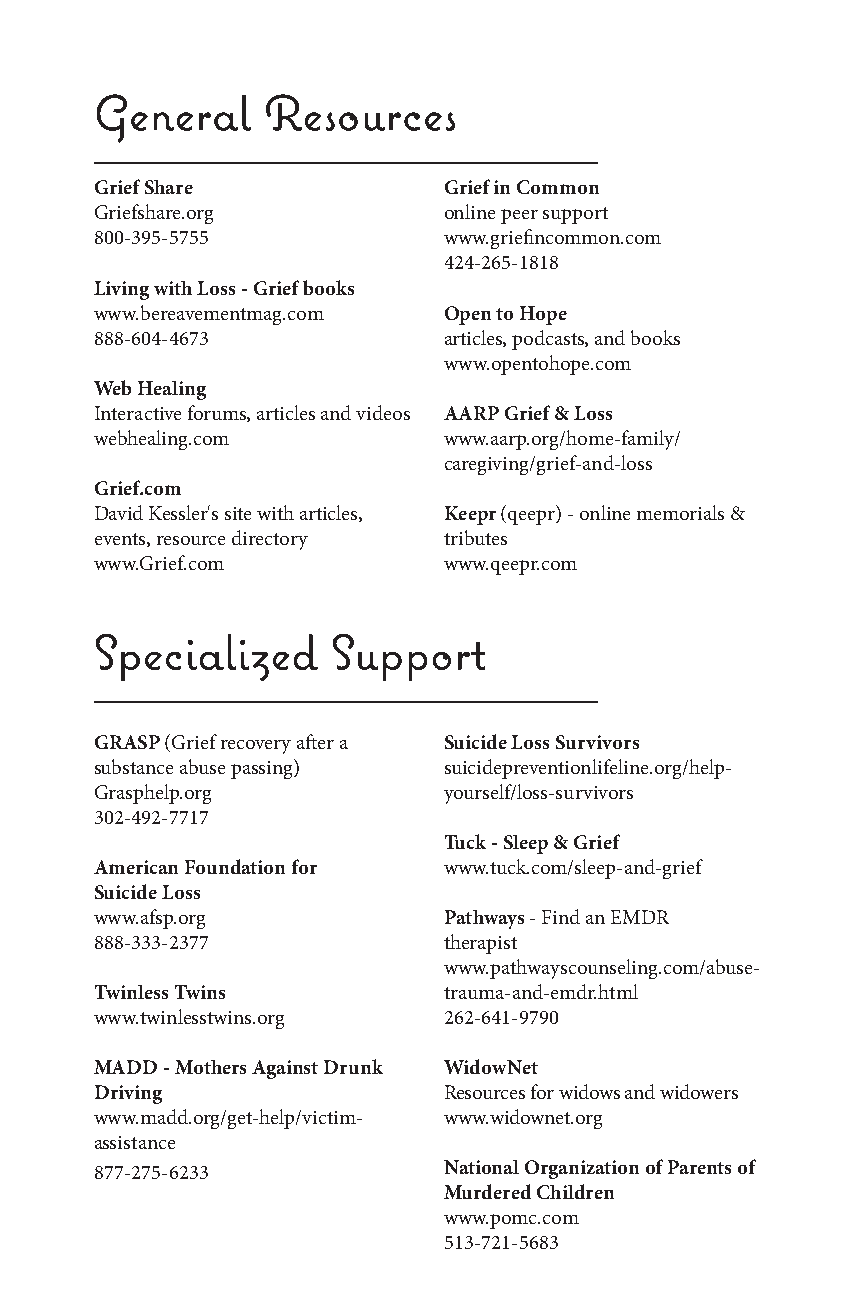
General    Resources
 Grief Share            Grief in Common
 Griefshare.org         online peer support
 800-395-5755           www.griefincommon.com
 424-265-1818
 Living with Loss - Grief books
 www.bereavementmag.com Open to Hope
 888-604-4673           articles, podcasts, and books
 www.opentohope.com
 Web Healing
 Interactive forums, articles and videos AARP Grief & Loss
 webhealing.com         www.aarp.org/home-family/
 caregiving/grief-and-loss
 Grief.com
 David Kessler's site with articles, Keepr (qeepr) - online memorials &
 events, resource directory tributes
 www.Grief.com          www.qeepr.com
 Specialized     Support
 GRASP (Grief recovery after a Suicide Loss Survivors
 substance abuse passing) suicidepreventionlifeline.org/help-
 Grasphelp.org          yourself/loss-survivors
 302-492-7717
 Tuck - Sleep & Grief
 American Foundation for www.tuck.com/sleep-and-grief
 Suicide Loss
 www.afsp.org           Pathways - Find an EMDR
 888-333-2377           therapist
 www.pathwayscounseling.com/abuse-
 Twinless Twins         trauma-and-emdr.html
 www.twinlesstwins.org  262-641-9790
 MADD - Mothers Against Drunk WidowNet
 Driving                Resources for widows and widowers
 www.madd.org/get-help/victim- www.widownet.org
 assistance
 877-275-6233           National Organization of Parents of
 Murdered Children
 www.pomc.com
 513-721-5683